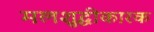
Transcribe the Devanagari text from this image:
मलशुद्धीकारक